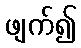
ဖျက်၍